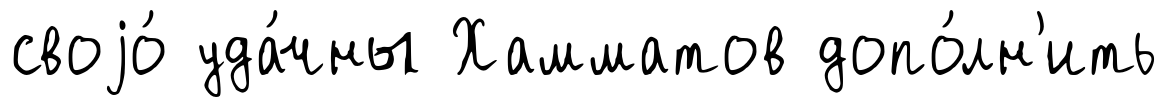
своjо́ уда́чны Хамматов допо́лн'ить